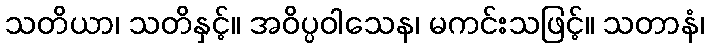
သတိယာ၊ သတိနှင့်။ အဝိပ္ပဝါသေန၊ မကင်းသဖြင့်။ သတာနံ၊